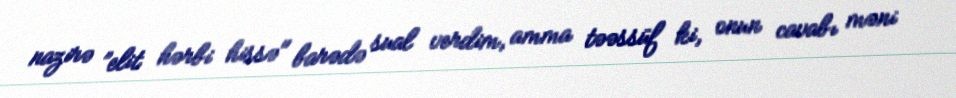
nazirə ”elit hərbi hissə" barədə sual verdim, amma təəssüf ki, onun cavabı məni